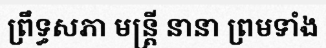
ព្រឹទ្ធសភា មន្ត្រី នានា ព្រមទាំង